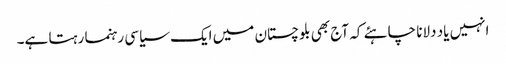
انہیں یاد دلانا چاہئے کہ آج بھی بلوچستان میں ایک سیاسی رہنما رہتا ہے۔